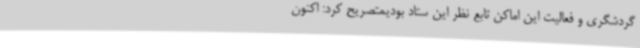
گردشگری و فعالیت این اماکن تابع نظر این ستاد بودیمتصریح کرد: اکنون